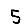
Digit: 5